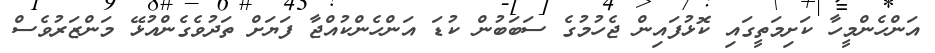
އަންހެންމީހާ ކަށިމަތީގައި ކޮޅުފައިން ޖެހުމުގެ ސަބަބުން ކުޑަ އަންހެންކުއްޖާ ފަޔަށް ތަދުވެގެންއުޅޭ މަންޒަރުވެސް